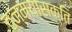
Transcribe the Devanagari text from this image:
तन्मयासक्ति